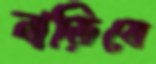
নাড়িবে